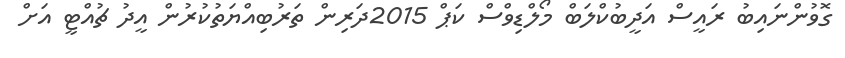
ގޮވުންނައިބު ރައީސް އަދީބުކްލަބް މޯލްޑިވްސް ކަޕް 2015ދަރިން ތަރުބިއްޔަތުކުރުން އީދު ޗުއްޓީ އަށް